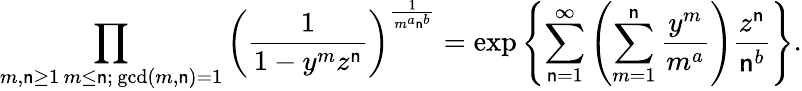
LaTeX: \prod_{\substack{m,\mathsf{n}\geq1\, m\leq\mathsf{n};\, \operatorname*{gcd}(m,\mathsf{n})=1}}\left(\frac{{1}}{{1-y^{m}z^{\mathsf{n}}}}\right)^{\frac{{1}}{{m^{a}\mathsf{n}^{b}}}}=\exp\left\{ \sum_{\mathsf{n}=1}^{\infty}\left(\sum_{m=1}^{\mathsf{n}}\frac{{y^{m}}}{{m^{a}}}\right)\frac{{z^{\mathsf{n}}}}{{\mathsf{n}^{b}}}\right\} .